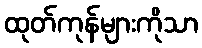
ထုတ်ကုန်များကိုသာ